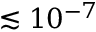
\lesssim 1 0 ^ { - 7 }